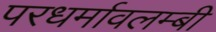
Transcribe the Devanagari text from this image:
परधर्मावलम्बी